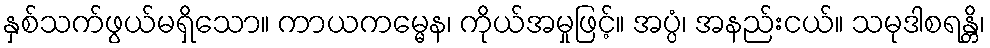
နှစ်သက်ဖွယ်မရှိသော။ ကာယကမ္မေန၊ ကိုယ်အမှုဖြင့်။ အပ္ပံ၊ အနည်းငယ်။ သမုဒါစရန္တိ၊